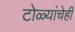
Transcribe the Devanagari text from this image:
टोळ्यांचेही